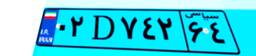
۵۹D۶۶۸۹۹